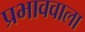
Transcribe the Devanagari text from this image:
प्रभाववाला